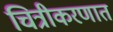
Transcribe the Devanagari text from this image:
चित्रीकरणात